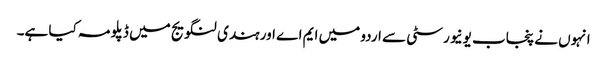
انہوں نے پنجاب یونیورسٹی سے اردو میں ایم اے اور ہندی لنگویج میں ڈپلو مہ کیا ہے۔